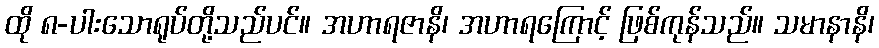
ထို ၈-ပါးသောရုပ်တို့သည်ပင်။ အဟာရဇာနိ၊ အဟာရကြောင့် ဖြစ်ကုန်သည်။ သမာနာနိ၊